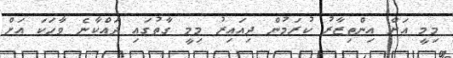
މިމީ އަށް އިންތިޒާރު ކުރަމުން ދިއައިރު މިމީ ގާތުގައި ދައްކާނެ ވާހަކަ އަށް